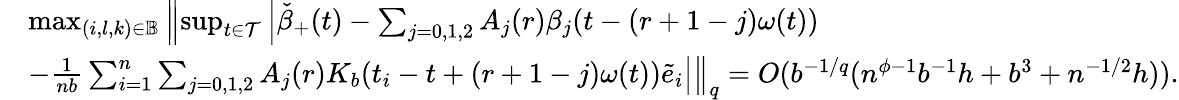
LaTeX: \begin{array}{rl}&{\operatorname*{max}_{(i,l,k)\in\mathbb{B}}\left\| \operatorname*{sup}_{t\in\mathcal{T}}\left|\check{\beta}_{+}(t)-\sum_{j=0,1,2}A_{j}(r)\beta_{j}(t-(r+1-j)\omega(t))\right.\right.}\\ &{\left.\left.-\frac{1}{nb}\sum_{i=1}^{n}\sum_{j=0,1,2}A_{j}(r)K_{b}(t_{i}-t+(r+1-j)\omega(t))\tilde{e}_{i}\right|\right\| _{q}=O(b^{-1/q}(n^{\phi-1}b^{-1}h+b^{3}+n^{-1/2}h)).}\end{array}